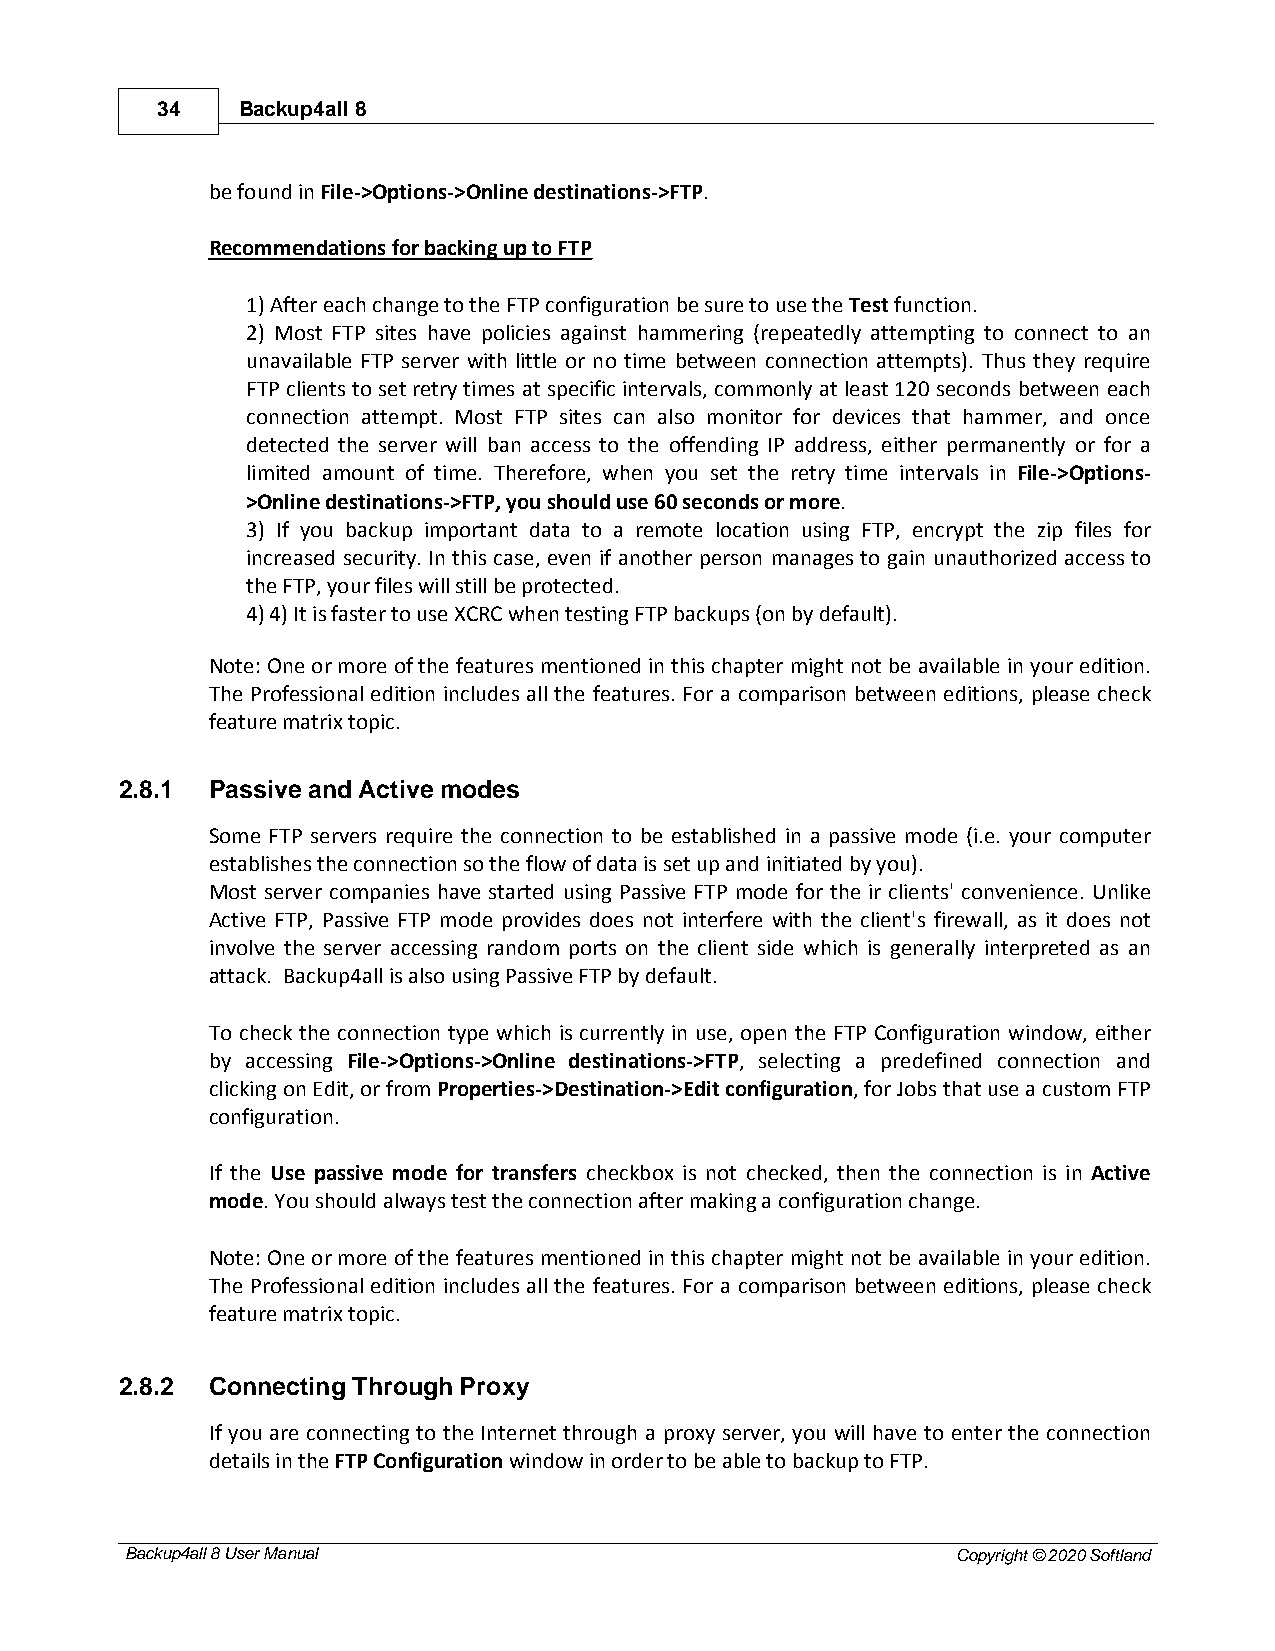
34    Backup4all 8
 be found in File->Options->Online destinations->FTP.
 Recommendations for backing up to FTP
 1) After each change to the FTP configuration be sure to use the Test function.
 2) Most FTP sites have policies against hammering (repeatedly attempting to connect to an
 unavailable FTP server with little or no time between connection attempts). Thus they require
 FTP clients to set retry times at specific intervals, commonly at least 120 seconds between each
 connection attempt. Most FTP sites can also monitor for devices that hammer, and once
 detected the server will ban access to the offending IP address, either permanently or for a
 limited amount of time. Therefore, when you set the retry time intervals in File->Options-
 >Online destinations->FTP, you should use 60 seconds or more.
 3) If you backup important data to a remote location using FTP, encrypt the zip files for
 increased security. In this case, even if another person manages to gain unauthorized access to
 the FTP, your files will still be protected.
 4) 4) It is faster to use XCRC when testing FTP backups (on by default).
 Note: One or more of the features mentioned in this chapter might not be available in your edition.
 The Professional edition includes all the features. For a comparison between editions, please check
 feature matrix topic.
 2.8.1 Passive and Active modes
 Some FTP servers require the connection to be established in a passive mode (i.e. your computer
 establishes the connection so the flow of data is set up and initiated by you).
 Most server companies have started using Passive FTP mode for the ir clients' convenience. Unlike
 Active FTP, Passive FTP mode provides does not interfere with the client's firewall, as it does not
 involve the server accessing random ports on the client side which is generally interpreted as an
 attack. Backup4all is also using Passive FTP by default.
 To check the connection type which is currently in use, open the FTP Configuration window, either
 by accessing File->Options->Online destinations->FTP, selecting a predefined connection and
 clicking on Edit, or from Properties->Destination->Edit configuration, for Jobs that use a custom FTP
 configuration.
 If the Use passive mode for transfers checkbox is not checked, then the connection is in Active
 mode. You should always test the connection after making a configuration change.
 Note: One or more of the features mentioned in this chapter might not be available in your edition.
 The Professional edition includes all the features. For a comparison between editions, please check
 feature matrix topic.
 2.8.2 Connecting Through Proxy
 If you are connecting to the Internet through a proxy server, you will have to enter the connection
 details in the FTP Configuration window in order to be able to backup to FTP.
 Backup4all 8 User Manual                               Copyright © 2020 Softland